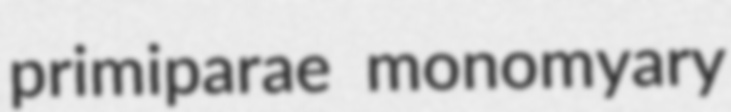
primiparae monomyary